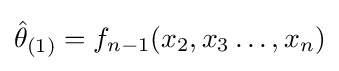
{\hat {\theta }}_{(1)}=f_{n-1}(x_{2},x_{3}\ldots ,x_{n})